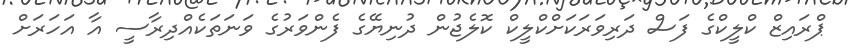
ޕްރައިޒް ކްލީކްގެ ފަސް ދަރިވަރަކަށްކްލީކް ކޮލެޖުން ދުނިޔޭގެ ފެންވަރުގެ ވަނަތަކެއްދިރާސީ އާ އަހަރަށް